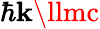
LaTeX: \hbar\mathbf{k}\llmc